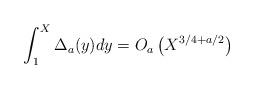
LaTeX: \begin{align*} \int_{1}^{X}\Delta_{a}(y)dy &= O_{a}\left(X^{3/4+a/2}\right) \end{align*}